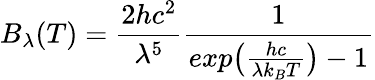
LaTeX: B_{\lambda}(T)=\frac{2hc^{2}}{\lambda^{5}}\frac{1}{exp\big(\frac{hc}{\lambda k_{B}T}\big)-1}